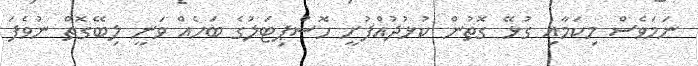
ނަމަވެސް މިކަމާއި ގުޅޭ ގޮތުން ކުޅުދުއްފުށީ ހޮސްޕިޓަލުގެ ބަހެއް ވަނީ ލިބޭގޮތް ނުވެފަ